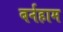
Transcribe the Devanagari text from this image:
बर्नहाम